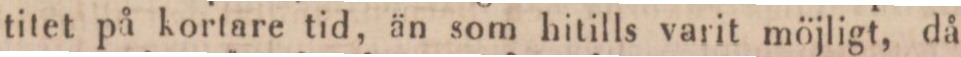
titet på kortare tid, än som hitills varit möjligt, då